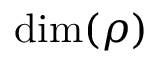
\dim ( \rho )